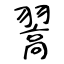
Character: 翯